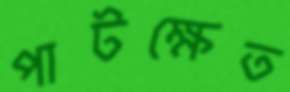
পাটক্ষেত